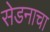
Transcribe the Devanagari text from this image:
सेडनाचा